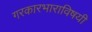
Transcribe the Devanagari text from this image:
गरकारभाराविषयी